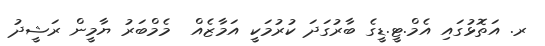
ރ. އަތޮޅުގައި އެމް.ޓީ.ޑީގެ ބާރުގަދަ ކުރުމަކީ އަމާޒެއް  މެމްބަރު ޔާމީން ރަޝީދު